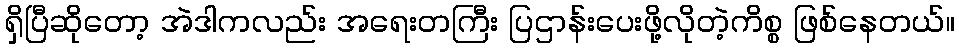
ရှိပြီဆိုတော့ အဲဒါကလည်း အရေးတကြီး ပြဌာန်းပေးဖို့လိုတဲ့ကိစ္စ ဖြစ်နေတယ်။